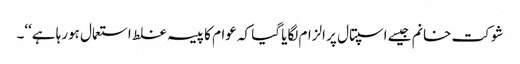
شوکت خانم جیسے اسپتال پر الزام لگایا گیا کہ عوام کا پیسہ غلط استعمال ہورہا ہے‘‘۔